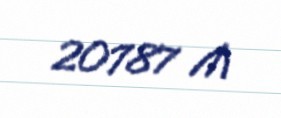
20787 ₼